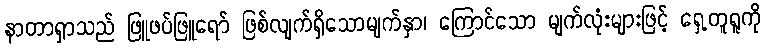
နာတာရှာသည် ဖြူဖပ်ဖြူရော် ဖြစ်လျက်ရှိသောမျက်နှာ၊ ကြောင်သော မျက်လုံးများဖြင့် ရှေ့တူရူကို